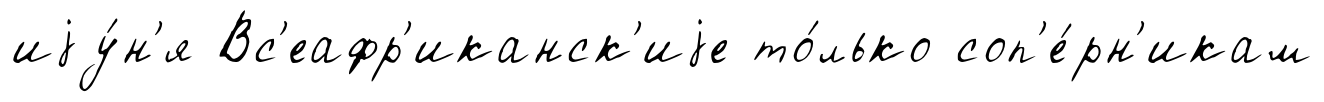
иjу́н'я Вс'еафр'иканск'иjе то́лько соп'е́рн'икам